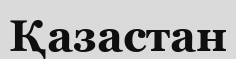
Қазастан